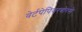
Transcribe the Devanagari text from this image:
वेर्टपेपियरबोरसे